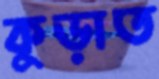
কুড়াত